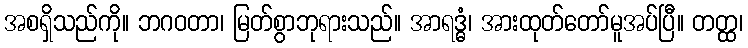
အစရှိသည်ကို။ ဘဂဝတာ၊ မြတ်စွာဘုရားသည်။ အာရဒ္ဓံ၊ အားထုတ်တော်မူအပ်ပြီ။ တတ္ထ၊